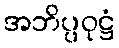
အဘိပ္ပဝုဋ္ဌံ